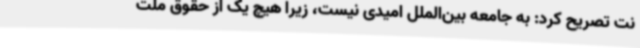
نت تصریح کرد: به جامعه بین‌الملل امیدی نیست، زیرا هیچ یک از حقوق ملت